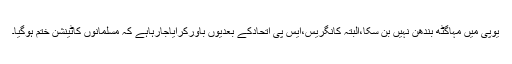
یوپی میں مہاگٹھ بندھن نہیں بن سکا،البتہ کانگریس،ایس پی اتحادکے بعدیوں باورکرایاجارہاہے کہ مسلمانوں کاٹینشن ختم ہوگیا۔